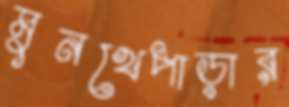
মুনখেপাড়ার